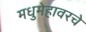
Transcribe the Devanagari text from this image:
मधुमेहावरचे